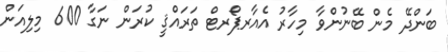
ބަންދޭ މެން ބޭނުންވާ މިހާރު އެއާރޕޯރޓް ތަރައްޤީ ކުރަން ނަގާ 600 މިލިއަން